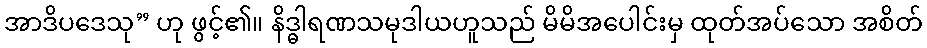
အာဒိပဒေသု” ဟု ဖွင့်၏။ နိဒ္ဓါရဏသမုဒါယဟူသည် မိမိအပေါင်းမှ ထုတ်အပ်သော အစိတ်